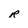
Character: R